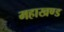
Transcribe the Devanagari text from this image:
महाखण्ड